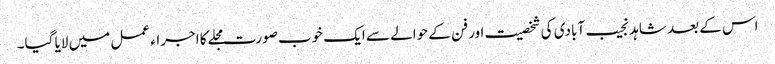
اس کے بعد شاہد نجیب آبادی کی شخصیت اور فن کے حوالے سے ایک خوب صورت مجلے کا اجراء عمل میں لایا گیا۔